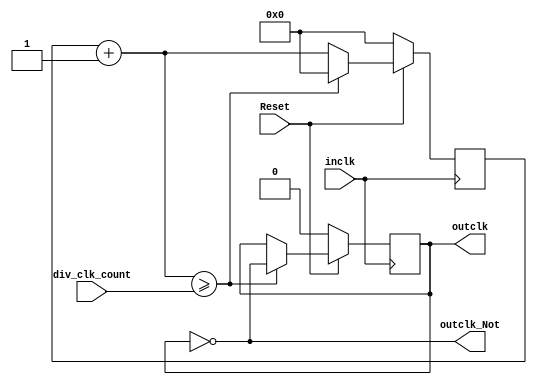
module Our_Clk_Divider_32(inclk,outclk,outclk_Not,div_clk_count,Reset);
     input inclk;
	 input Reset;
	 output outclk;
	 output outclk_Not;
	 input[31:0] div_clk_count;
	 
	 reg [31:0] counter = 0;
	 wire [31:0] next_value;
	 reg reg_clk = 0;
	 
	 always @(posedge inclk)
		begin
	 
		if(~Reset)
			begin
				counter <= 0;
				reg_clk <= 1'b0;
			end
		else if (next_value >= div_clk_count) 
			// Counter reached, reverse clock sig
			begin
				counter <= 0;
				reg_clk <= ~reg_clk;
			end
		else 
			begin
				counter <= next_value;
			end
	 
		end
		
	 assign next_value = counter+1;
	 
	 assign outclk = reg_clk;	
	 assign outclk_Not = ~outclk;
	 
endmodule